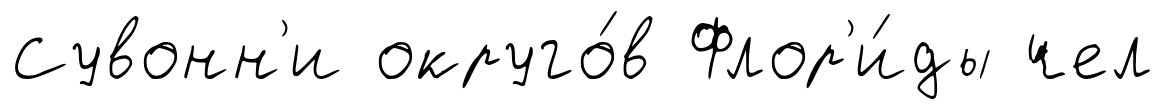
Сувонн'и округо́в Флор'и́ды чел